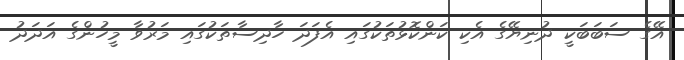
އޭގެ ސަބަބަކީ ދުނިޔޭގެ އެކި ކަންކޮޅުތަކުގައި އެފަދަ ހާދިސާތަކުގައި މަރުވާ މީހުންގެ އަދަދު